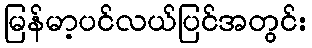
မြန်မာ့ပင်လယ်ပြင်အတွင်း